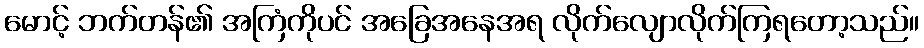
မောင့် ဘက်တန်၏ အကြံကိုပင် အခြေအနေအရ လိုက်လျောလိုက်ကြရတော့သည်။